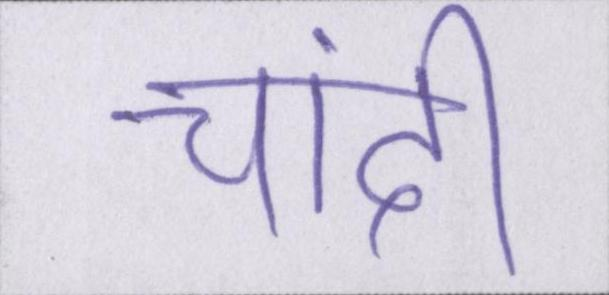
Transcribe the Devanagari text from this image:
चांदी